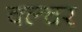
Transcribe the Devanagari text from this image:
क्ल्चर